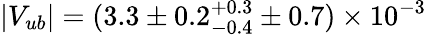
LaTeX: |V_{ub}|=(3.3\pm 0.2_{-0.4}^{+0.3}\pm 0.7)\times 10^{-3}